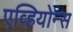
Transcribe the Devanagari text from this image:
एव्हियोन्स